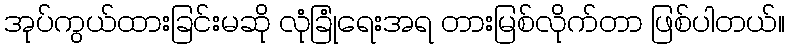
အုပ်ကွယ်ထားခြင်းမဆို လုံခြုံရေးအရ တားမြစ်လိုက်တာ ဖြစ်ပါတယ်။